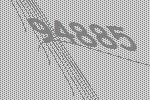
94885